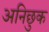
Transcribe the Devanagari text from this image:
अनिछुक